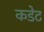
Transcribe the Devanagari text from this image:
कडेट